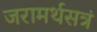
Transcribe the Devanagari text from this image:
जरामर्थसत्रं